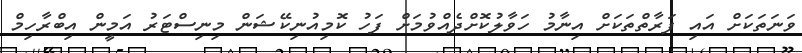
ވަނަތަކަށް އައި ފަރާތްތަކަށް އިނާމު ހަވާލުކޮށްދެއްވުމަށް ފަހު ކޮމިއުނިކޭޝަން މިނިސްޓަރު އަމީން އިބްރާހިމް